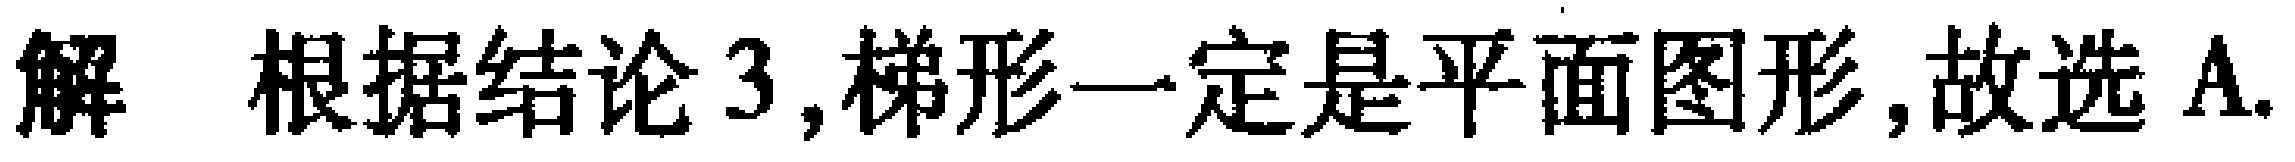
解 根据结论3,梯形一定是平面图形,故选A.